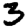
Digit: 3